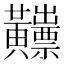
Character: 𪏫